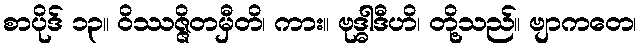
စာပိုဒ် ၁၃။ ဝိဿဇ္ဇိတမှီတိ၊ ကား။ ဗုဒ္ဓါဒီဟိ၊ တို့သည်။ ဗျာကတေ၊